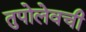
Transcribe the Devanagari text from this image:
तुपोलेवची